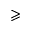
\geqslant